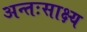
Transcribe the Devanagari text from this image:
अन्तःसाक्ष्य